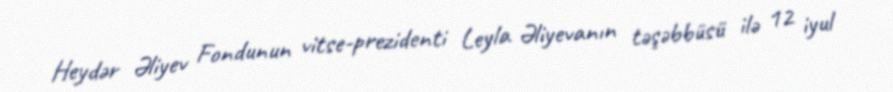
Heydər Əliyev Fondunun vitse-prezidenti Leyla Əliyevanın təşəbbüsü ilə 12 iyul